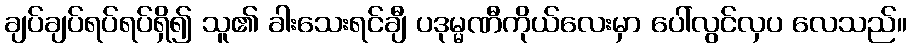
ချပ်ချပ်ရပ်ရပ်ရှိ၍ သူ၏ ခါးသေးရင်ချီ ပဒုမ္မဏီကိုယ်လေးမှာ ပေါ်လွင်လှပ လေသည်။